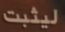
ليثبت